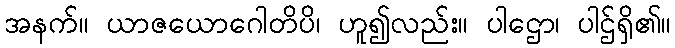
အနက်။ ယာဇယောဂေါတိပိ၊ ဟူ၍လည်း။ ပါဌော၊ ပါဌ်ရှိ၏။